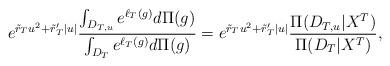
LaTeX: \begin{align*}e^{\tilde{r}_Tu^2 + \tilde{r}_T'|u|} \frac{\int_{D_{T,u}} e^{\ell_T(g)} d\Pi(g)}{\int_{D_T} e^{\ell_T(g)} d\Pi(g)} = e^{\tilde{r}_Tu^2 + \tilde{r}_T'|u|} \frac{\Pi(D_{T,u}|X^T)}{\Pi(D_T|X^T)},\end{align*}